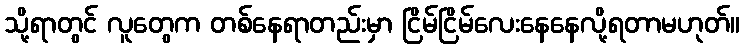
သို့ရာတွင် လူတွေက တစ်နေရာတည်းမှာ ငြိမ်ငြိမ်လေးနေနေလို့ရတာမဟုတ်။